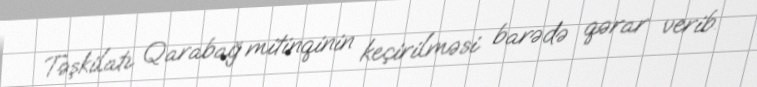
Təşkilatı Qarabağ mitinqinin keçirilməsi barədə qərar verib.